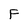
Character: F